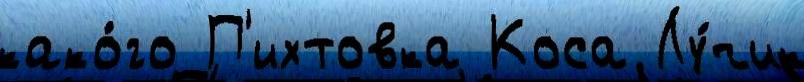
како́го П'ихтовка Коса Лу́чик